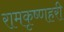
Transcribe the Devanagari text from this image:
रामकृष्णहरी